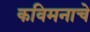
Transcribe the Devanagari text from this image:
कविमनाचे